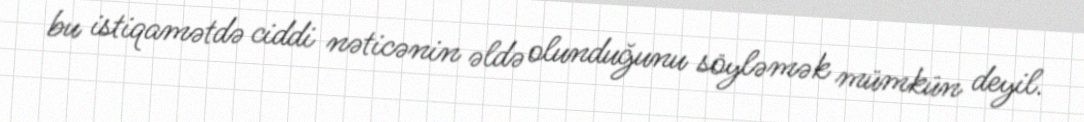
bu istiqamətdə ciddi nəticənin əldə olunduğunu söyləmək mümkün deyil.